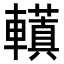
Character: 𮝮